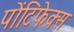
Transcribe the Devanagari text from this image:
पोंटिफेक्स